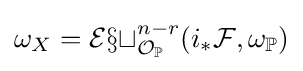
\omega _{X}={\mathcal {Ext}}_{{\mathcal {O}}_{\mathbb {P} }}^{n-r}(i_{*}{\mathcal {F}},\omega _{\mathbb {P} })